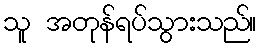
သူ အတုန်ရပ်သွားသည်။